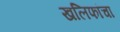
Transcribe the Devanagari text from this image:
खलिफांचा